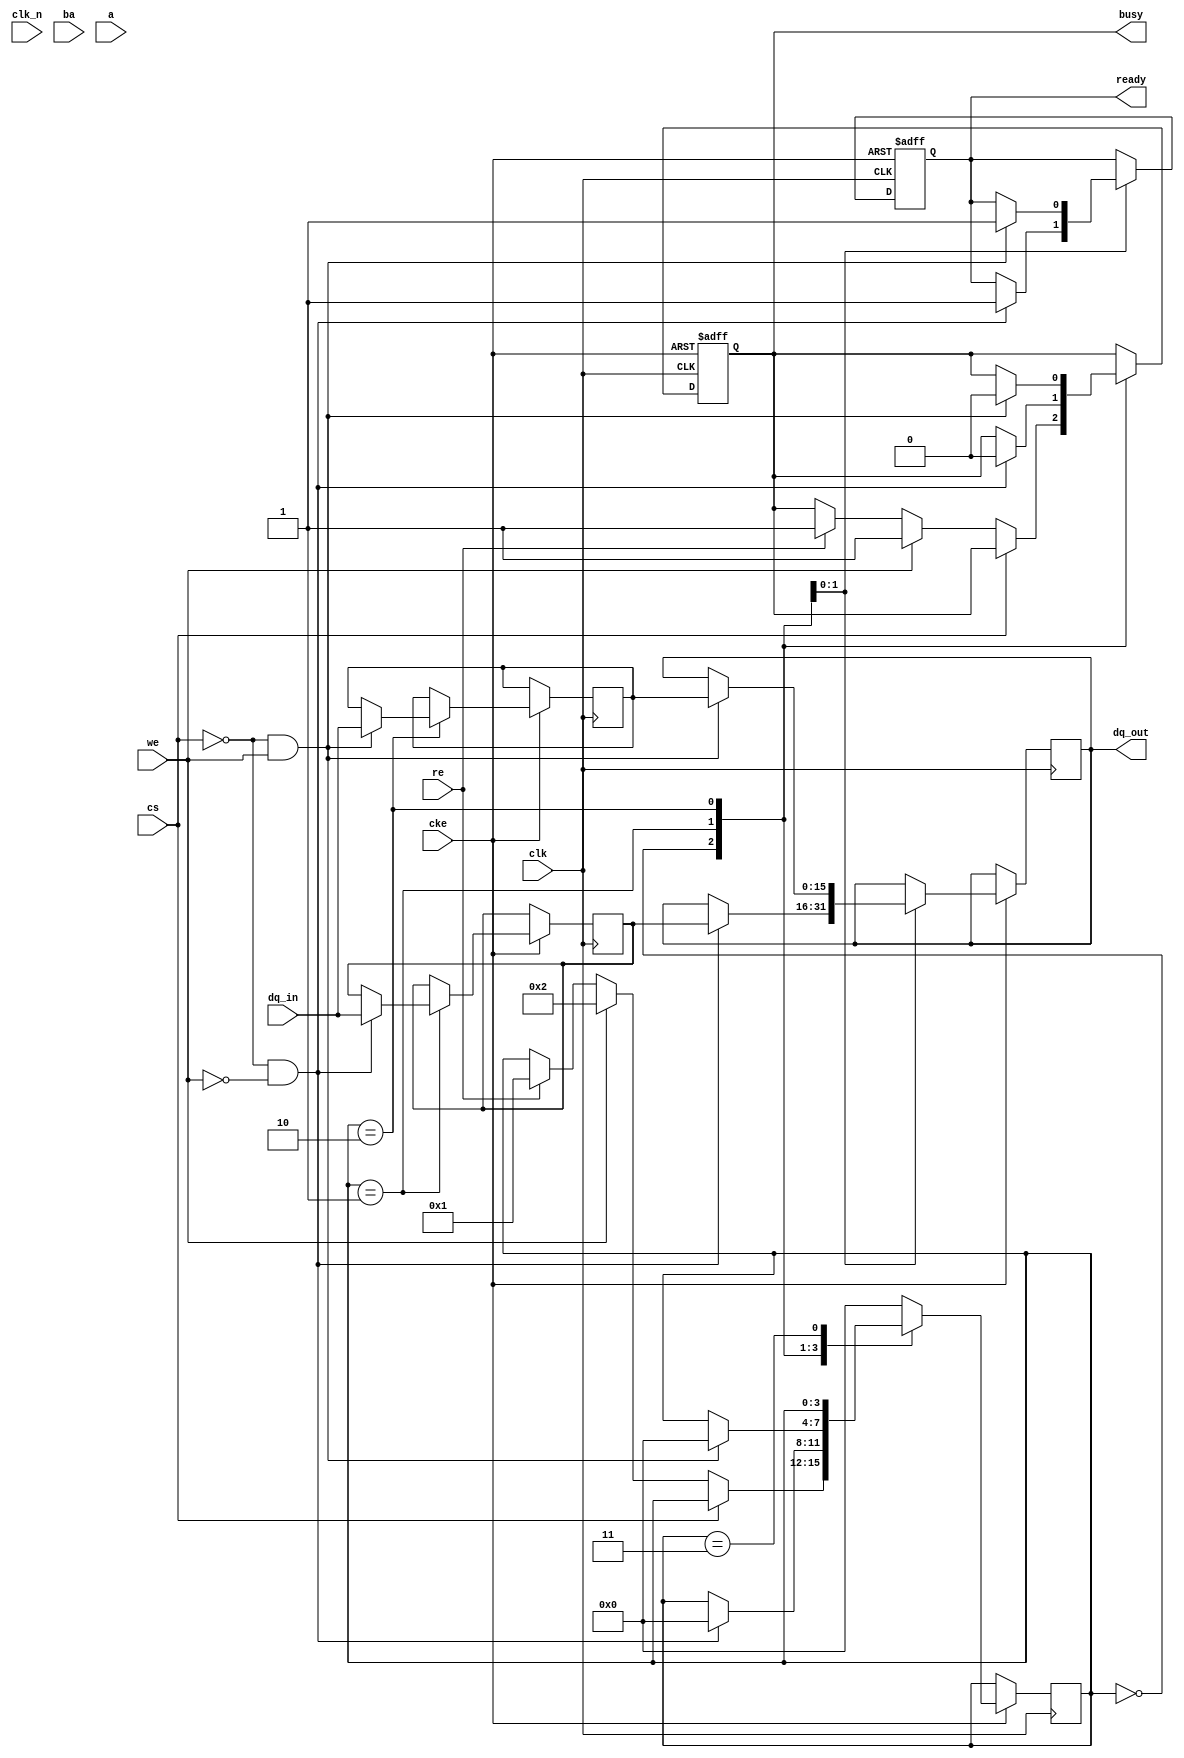
module ddr2_sdram_io_block (
    // Input signals
    input wire clk,          // Clock signal
    input wire clk_n,        // Inverted clock signal
    input wire cke,          // Clock Enable
    input wire cs,           // Chip Select
    input wire we,           // Write Enable
    input wire re,           // Read Enable
    input wire [3:0] ba,     // Bank Address
    input wire [11:0] a,     // Address
    input wire [15:0] dq_in,  // Data input (for 16-bit bus)
    
    // Output signals
    output reg [15:0] dq_out, // Data output
    output reg ready,         // Status output
    output reg busy           // Status output
);

// Internal signals
reg [15:0] data_latch;        // Data latch for read operations
reg [15:0] output_buffer;     // Output buffer for write operations
reg [3:0] state;              // State machine for control logic

// State definitions
localparam IDLE = 4'b0000;
localparam READ = 4'b0001;
localparam WRITE = 4'b0010;
localparam REFRESH = 4'b0011;

// Clock management
always @(posedge clk or negedge cke) begin
    if (!cke) begin
        // Clock disabled logic
        ready <= 1'b0;
        busy <= 1'b0;
    end else begin
        // State machine for read/write operations
        case (state)
            IDLE: begin
                if (!cs) begin
                    if (we) begin
                        state <= WRITE;
                        busy <= 1'b1;
                    end else if (re) begin
                        state <= READ;
                        busy <= 1'b1;
                    end
                end
            end

            READ: begin
                // Capture data from the input bus on clock edge
                if (!cs && !we) begin
                    data_latch <= dq_in; // Capture incoming data
                    dq_out <= data_latch; // Output data
                    ready <= 1'b1;
                    state <= IDLE; // Go back to idle
                    busy <= 1'b0;
                end
            end

            WRITE: begin
                // Drive data to the output bus
                if (!cs && we) begin
                    output_buffer <= dq_in; // Load data to output buffer
                    dq_out <= output_buffer; // Drive output data
                    ready <= 1'b1;
                    state <= IDLE; // Go back to idle
                    busy <= 1'b0;
                end
            end
            
            REFRESH: begin
                // Handle self-refresh logic here
                // ...
            end
            
            default: state <= IDLE; // Default to IDLE
        endcase
    end
end

endmodule